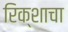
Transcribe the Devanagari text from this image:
रिक्शाचा